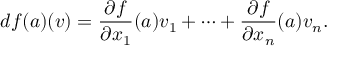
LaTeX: d f ( { \boldsymbol { a } } ) ( { \boldsymbol { v } } ) = { \frac { \partial f } { \partial x _ { 1 } } } ( { \boldsymbol { a } } ) v _ { 1 } + \cdots + { \frac { \partial f } { \partial x _ { n } } } ( { \boldsymbol { a } } ) v _ { n } .